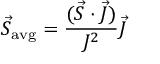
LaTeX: { \vec { S } } _ { \mathrm { { a v g } } } = { \frac { ( { \vec { S } } \cdot { \vec { J } } ) } { J ^ { 2 } } } { \vec { J } }